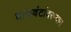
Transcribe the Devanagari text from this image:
वाळवंटांदरम्यान